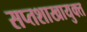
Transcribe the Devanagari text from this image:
सप्तशाखायुक्त